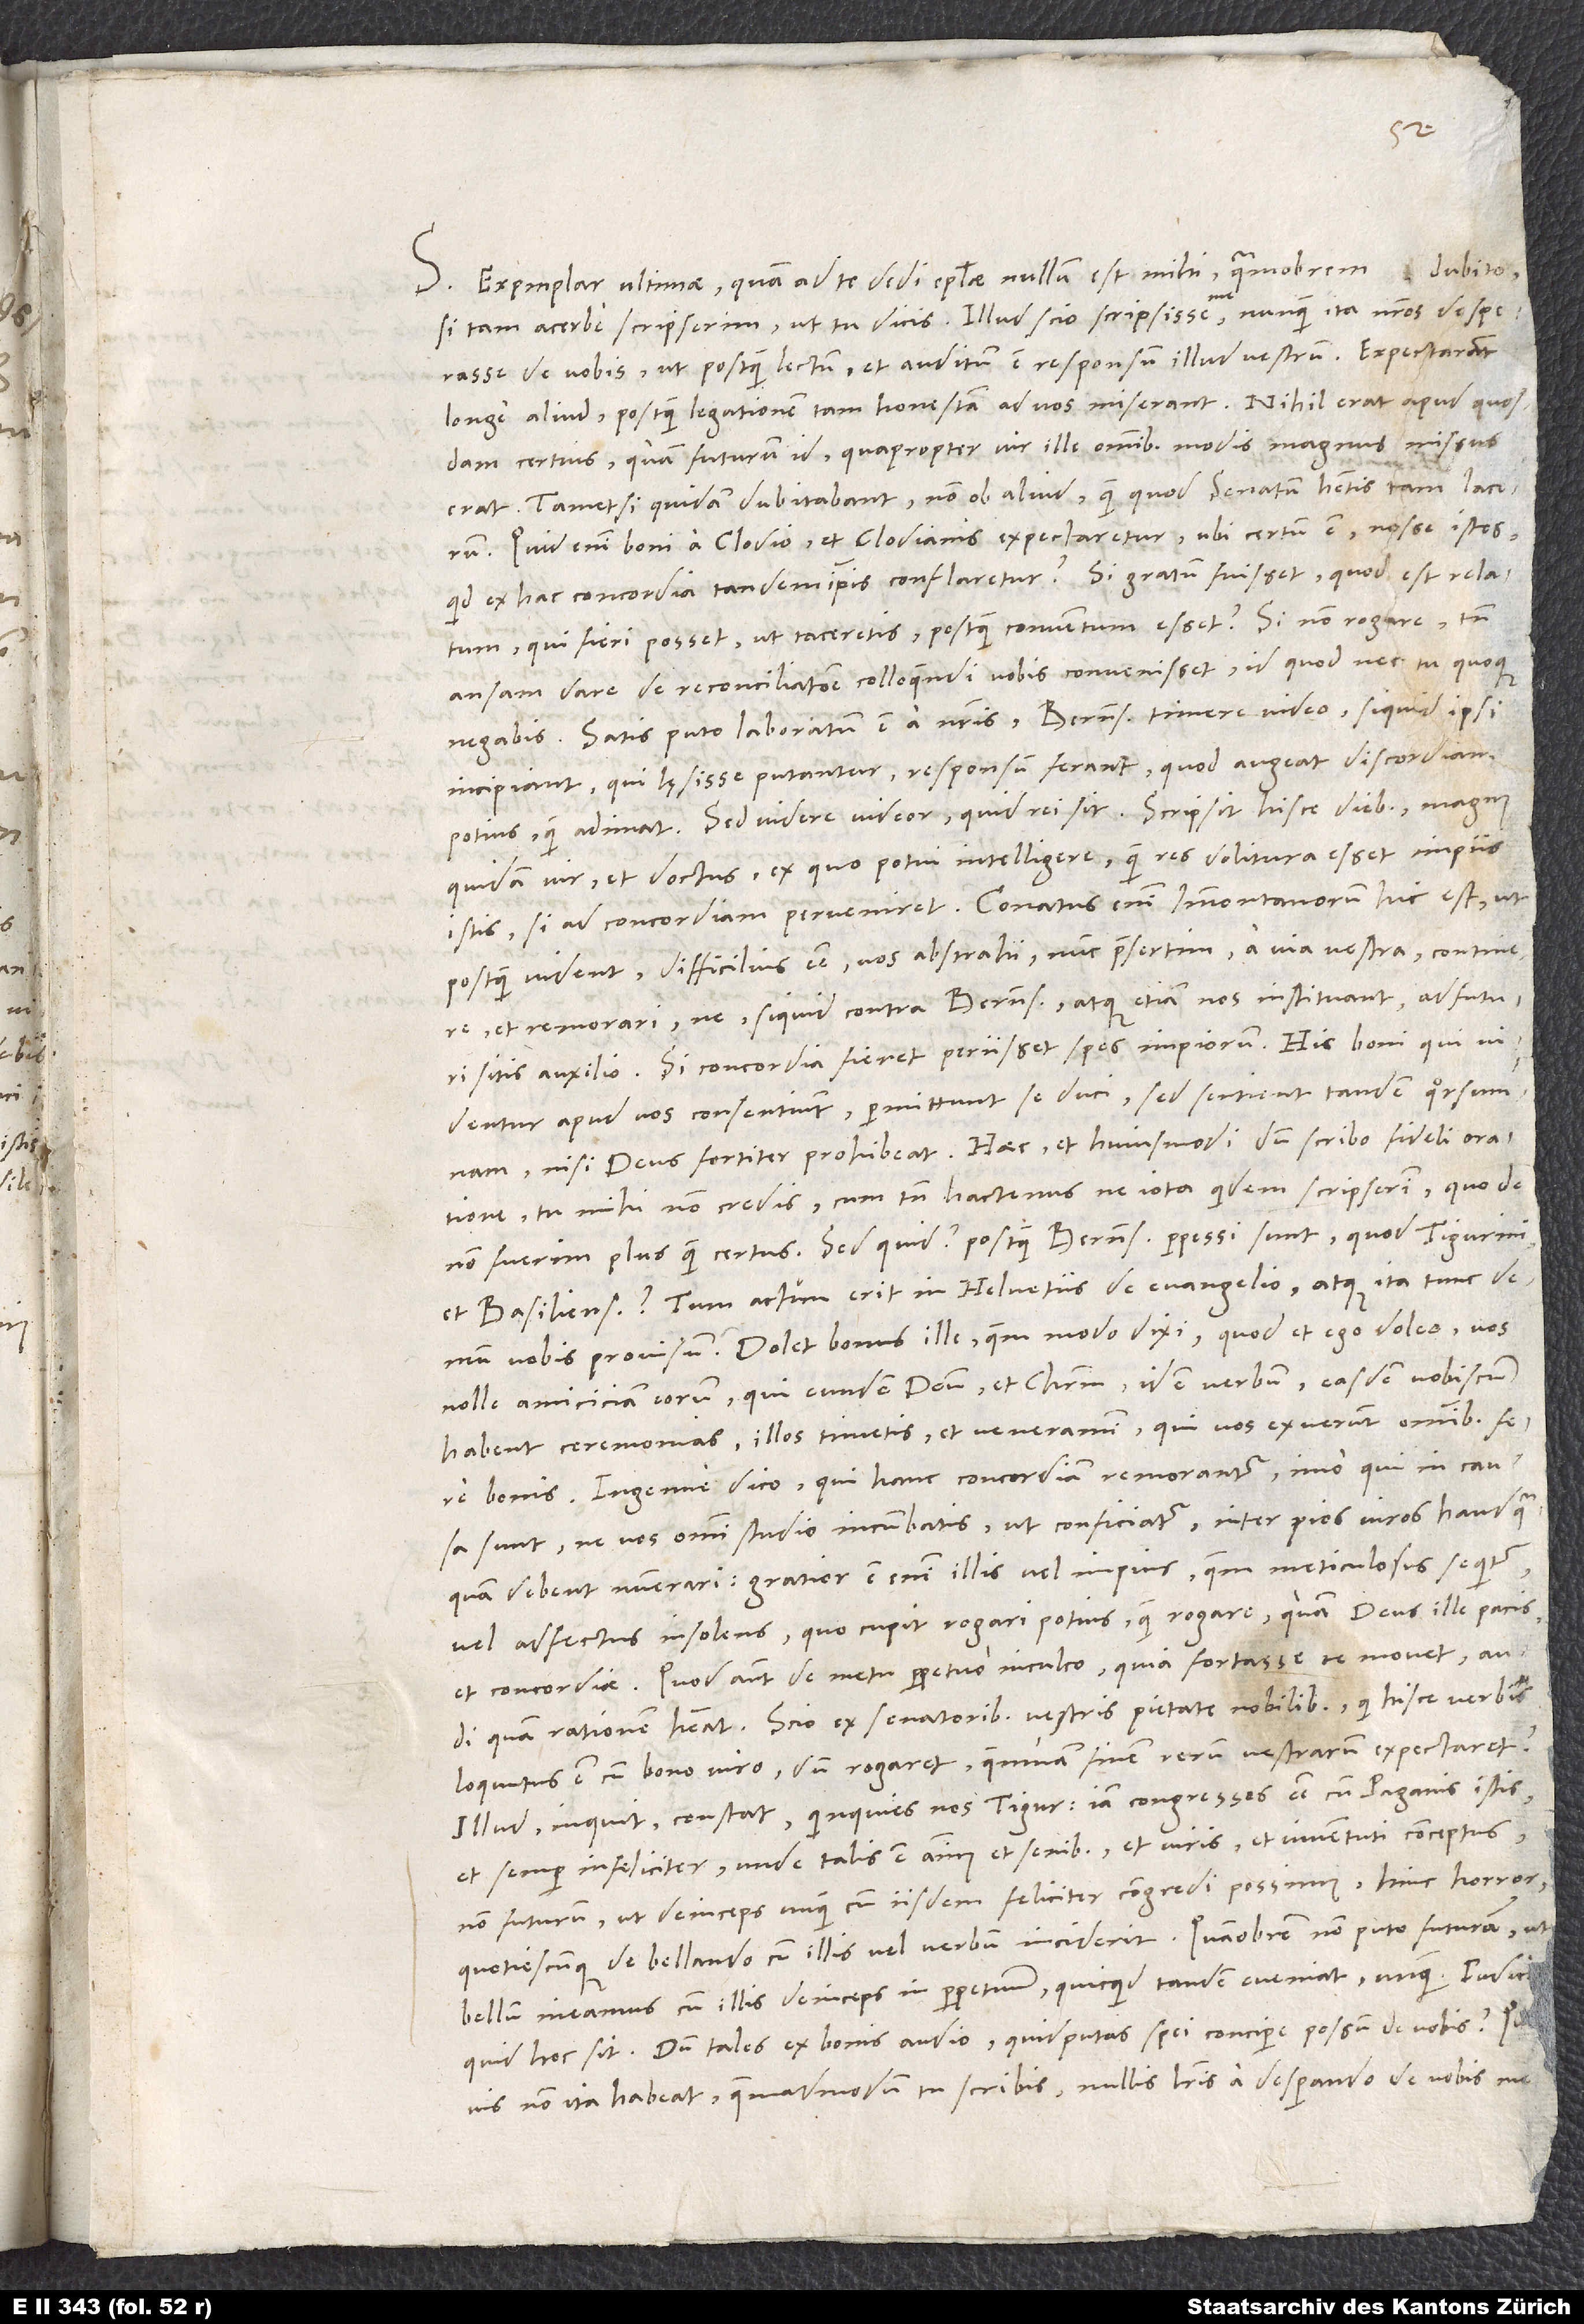
12.
S. Exemplar ultimae, quam ad te dedi, epistolae nullum est mihi, quamobrem dubito,
si tam acerbe scripserim, ut tu dicis. Illud scio scripsisse me, nunquam ita nostros desperasse
de vobis, ut postquam lectum et auditum est responsum illud vestrum. Expectarant
longe aliud, postquam legationem tam honestam ad vos miserant. Nihil erat apud quosdam
certius quam futurum id, quapropter vir ille omnibus modis magnus missus
erat, tametsi quidam dubitabant non ob aliud, quam quod senatum habetis tam lacerum.
Quid enim boni a Clodio et Clodianis expectaretur, ubi certum est nosse istos,
quid ex hac concordia tandem ipsis confiaretur? Si gratum fuisset, quod est relatum,
qui fieri posset, ut taceretis, postquam conventum esset? Si non rogare, tamen
ansarn dare de reconciliatione colloquendi vobis convenisset, id quod nec tu quoque
negabis. Satis, puto, laboratum est a nostris. Bernenses timere video, si quid ipsi
incipiant, qui lęsisse putantur, responsum ferant, quod augeat discordiam
potius quam adimat. Sed videre videor quid rei sit. Scripsit hisce diebus magnus
quidam vir et doctus, ex quo potui intelligere, quam res dolitura esset impiis
istis, si ad concordiam perveniret. Conatus enim Immontanorum hic est, ut
postquam vident difficilius esse vos abstrahi, nunc praesertim, a via vestra, continere
et remorari, ne si quid contra Bernenses atque etiam nos instituant, adfuturi
sitis auxilio. Si concordia fieret, periisset spes impiorum. His boni qui videntur
apud vos consentiunt, permittunt se duci, sed sentient tandem quorsumnam,
nisi deus fortiter prohibeat. Haec et huiusmodi, dum scribo fideli oratione,
tu mihi non credis, cum tamen hactenus ne iota quidem scripserim, quo de
non fuerim plus quam certus. Sed quid, postquam Bernenses perpessi sunt, quod Tigurini
et Basilienses? Tum actum erit in Helvetiis de evangelio atque ita tunc demum
nobis provisum. Dolet bonus ille, quem modo dixi, quod et ego doleo, vos
nolle amiciciam eorum, qui eundem deum et Christum, idem verbum, easdem vobiscum
habent ceremonias. Illos timetis et veneramini, qui vos exuerunt omnibus fere
bonis. Ingenue dico, qui hanc concordiam remorantur, imo qui in causa
sunt, ne vos omni studio incumbatis, ut conficiatur, inter pios viros haudquaquam
debent numerari. Gratior est enim illis vel impius, quem meticulosus sequitur,
vel adfectus insolens, quo cupit rogari potius quam rogare, quam deus ille pacis
et concordiae. Quod autem de metu perpetuo inculco, quia fortasse te movet, audi,
quam rationem habeat. Scio ex senatoribus vestris pietate nobilibus, qui hisce verbis
loquutus est cum bono viro, dum rogaret, quemnam finem rerum vestrarum expectaret:
«Illud», inquit, «constat, quinquies nos Tigurinos iam congressos esse cum Paganis istis
et semper infeliciter, unde talis est animus et senibus et viris et iuventuti conceptus
non futurum, ut deinceps unquam cum iisdem feliciter congredi possimus. Hinc horror,
quotiescunque de bellando cum illis vel verbum incident. Quamobrem non puto futurum, ut
bellum ineamus cum illis deinceps in perpetuum, quicquid tandem eveniat unquam». Indica,
quid hoc sit. Dum tales ex bonis audio, quid, putas, spei concipere possum de vobis? Quamvis
non ita habeat, quemadmodum tu scribis, nullis literis a desperando de vobis me